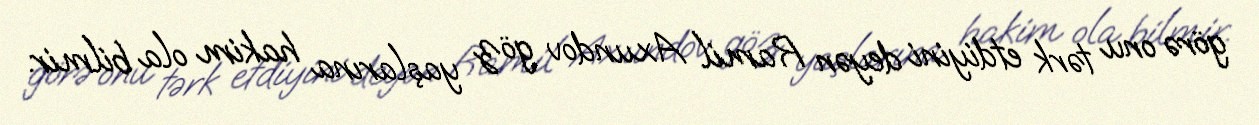
görə onu tərk etdiyini deyən Ramil Axundov göz yaşlarına hakim ola bilmir.